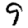
Digit: 9